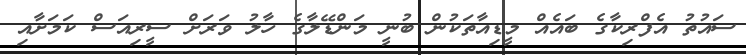
ސައުތު އެފްރިކާގެ ބައެއް މީޑިއާތަކުން ބުނީ މަންޑޭލާގެ ހާލު ވަރަށް ސީރިއަސް ކަމަށާއި